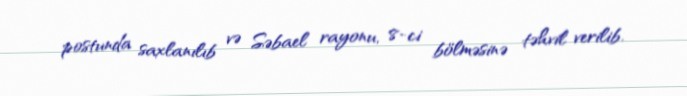
postunda saxlanılıb və Səbael rayonu, 8-ci bölməsinə təhvil verilib.